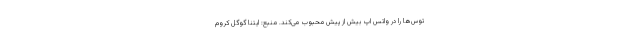
توس‌ها را در واتس اپ بیش از پیش محبوب می‌کند. منبع: ایتنا گوگل کروم